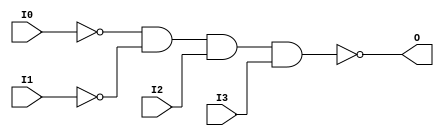
// This program was cloned from: https://github.com/jhshi/openofdm
// License: Apache License 2.0

// $Header: /devl/xcs/repo/env/Databases/CAEInterfaces/verunilibs/data/unisims/NAND4B2.v,v 1.6 2007/05/23 21:43:39 patrickp Exp $
///////////////////////////////////////////////////////////////////////////////
// Copyright (c) 1995/2004 Xilinx, Inc.
// All Right Reserved.
///////////////////////////////////////////////////////////////////////////////
//   ____  ____
//  /   /\/   /
// /___/  \  /    Vendor : Xilinx
// \   \   \/     Version : 10.1
//  \   \         Description : Xilinx Functional Simulation Library Component
//  /   /                  4-input NAND Gate
// /___/   /\     Filename : NAND4B2.v
// \   \  /  \    Timestamp : Thu Mar 25 16:42:57 PST 2004
//  \___\/\___\
//
// Revision:
//    03/23/04 - Initial version.
//    05/23/07 - Changed timescale to 1 ps / 1 ps.
//    05/23/07 - Added wire declaration for internal signals.

`timescale  1 ps / 1 ps


module NAND4B2 (O, I0, I1, I2, I3);

    output O;

    input  I0, I1, I2, I3;

    wire i0_inv;
    wire i1_inv;

    not N1 (i1_inv, I1);
    not N0 (i0_inv, I0);
    nand A1 (O, i0_inv, i1_inv, I2, I3);


endmodule